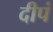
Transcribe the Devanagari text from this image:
दीपं